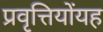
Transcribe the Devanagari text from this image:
प्रवृत्तियोंयह